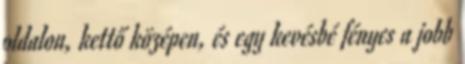
oldalon, kettő középen, és egy kevésbé fényes a jobb